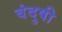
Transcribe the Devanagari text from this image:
वंदुषी